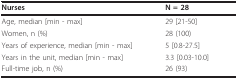
<table><thead><tr><td><b>Nurses</b></td><td><b>N = 28</b></td></tr></thead><tbody><tr><td>Age, median [min - max]</td><td>29 [21-50]</td></tr><tr><td>Women, n (%)</td><td>28 (100)</td></tr><tr><td>Years of experience, median [min - max]</td><td>5 [0.8-27.5]</td></tr><tr><td>Years in the unit, median [min - max]</td><td>3.3 [0.03-10.0]</td></tr><tr><td>Full-time job, n (%)</td><td>26 (93)</td></tr></tbody></table>